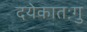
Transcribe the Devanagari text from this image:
दयेकातःगु